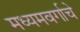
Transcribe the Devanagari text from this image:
मध्यमवर्गाचे